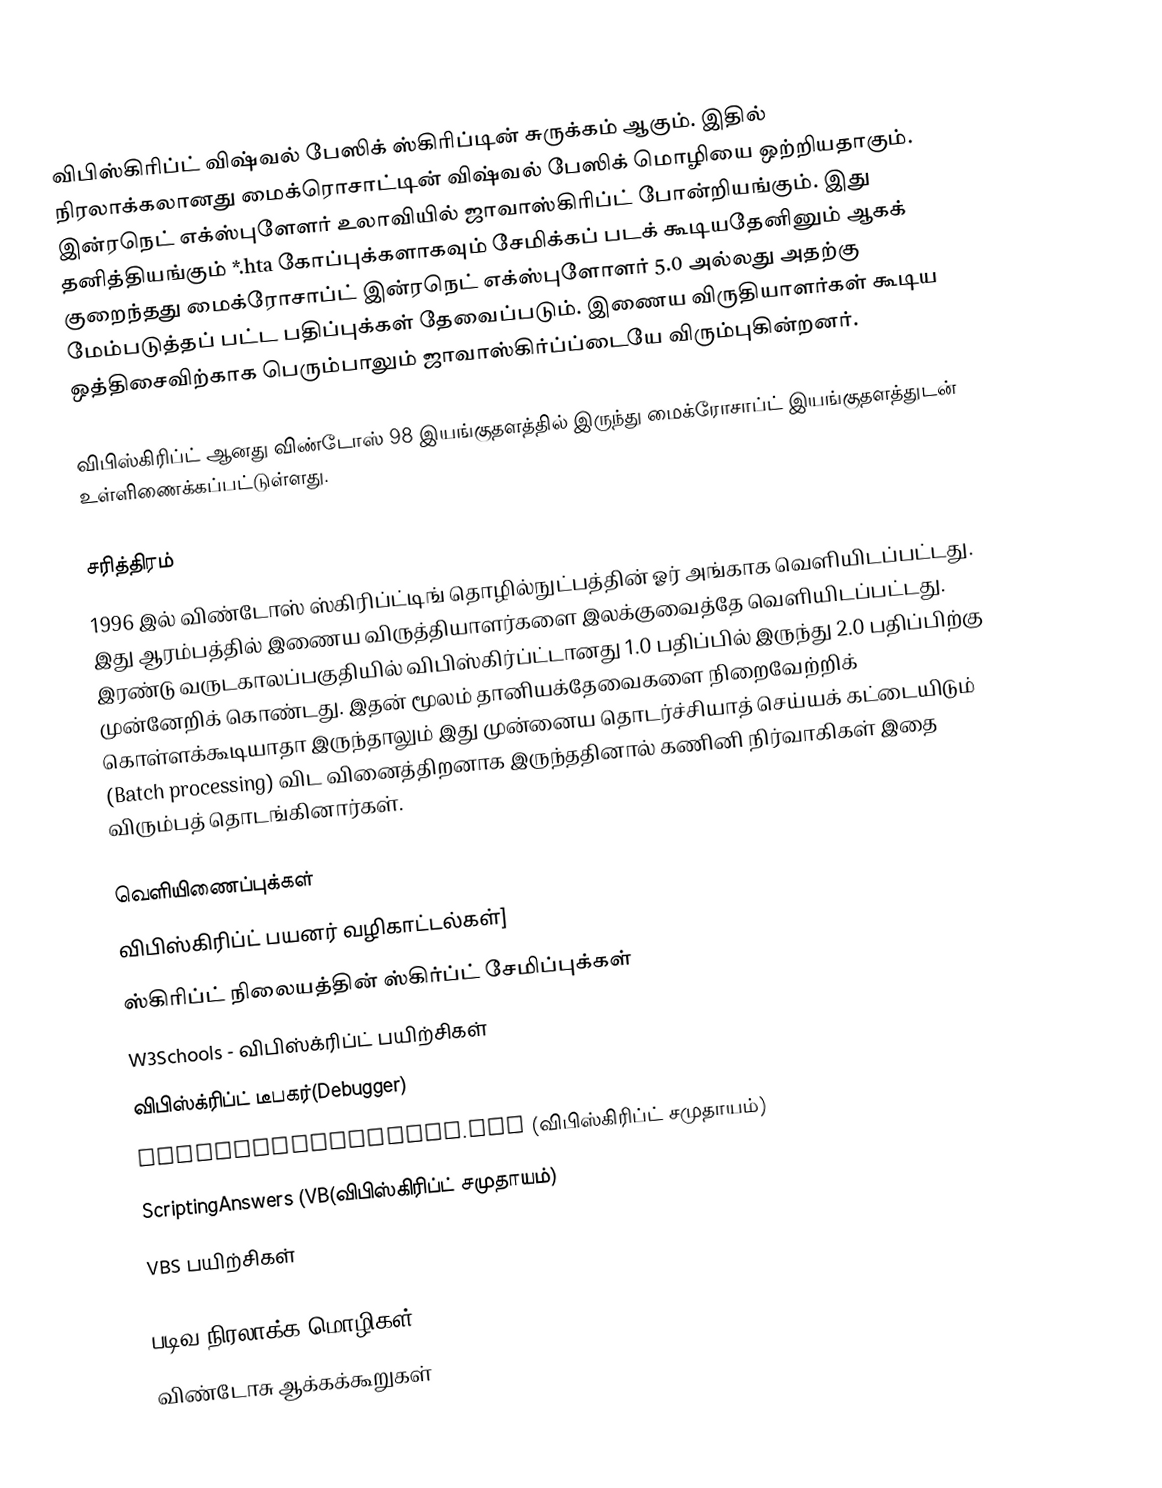
விபிஸ்கிரிப்ட் விஷ்வல் பேஸிக் ஸ்கிரிப்டின் சுருக்கம் ஆகும். இதில் நிரலாக்கலானது மைக்ரொசாட்டின் விஷ்வல் பேஸிக் மொழியை ஒற்றியதாகும். இன்ரநெட் எக்ஸ்புளேளர் உலாவியில் ஜாவாஸ்கிரிப்ட் போன்றியங்கும். இது தனித்தியங்கும் *.hta கோப்புக்களாகவும் சேமிக்கப் படக் கூடியதேனினும் ஆகக் குறைந்தது மைக்ரோசாப்ட் இன்ரநெட் எக்ஸ்புளோளர் 5.0 அல்லது அதற்கு மேம்படுத்தப் பட்ட பதிப்புக்கள் தேவைப்படும். இணைய விருதியாளர்கள் கூடிய ஒத்திசைவிற்காக பெரும்பாலும் ஜாவாஸ்கிர்ப்ப்டையே விரும்புகின்றனர்.

விபிஸ்கிரிப்ட் ஆனது விண்டோஸ் 98 இயங்குதளத்தில் இருந்து மைக்ரோசாப்ட் இயங்குதளத்துடன் உள்ளிணைக்கப்பட்டுள்ளது.

சரித்திரம்
1996 இல் விண்டோஸ் ஸ்கிரிப்ட்டிங் தொழில்நுட்பத்தின் ஓர் அங்காக வெளியிடப்பட்டது. இது ஆரம்பத்தில் இணைய விருத்தியாளர்களை இலக்குவைத்தே வெளியிடப்பட்டது. இரண்டு வருடகாலப்பகுதியில் விபிஸ்கிர்ப்ட்டானது 1.0 பதிப்பில் இருந்து 2.0 பதிப்பிற்கு முன்னேறிக் கொண்டது. இதன் மூலம் தானியக்தேவைகளை நிறைவேற்றிக் கொள்ளக்கூடியாதா இருந்தாலும் இது முன்னைய தொடர்ச்சியாத் செய்யக் கட்டையிடும் (Batch processing) விட வினைத்திறனாக இருந்ததினால் கணினி நிர்வாகிகள் இதை விரும்பத் தொடங்கினார்கள்.

வெளியிணைப்புக்கள்
 விபிஸ்கிரிப்ட் பயனர் வழிகாட்டல்கள்]
 ஸ்கிரிப்ட் நிலையத்தின் ஸ்கிர்ப்ட் சேமிப்புக்கள்
 W3Schools - விபிஸ்க்ரிப்ட் பயிற்சிகள்
 விபிஸ்க்ரிப்ட் டீபகர்(Debugger)
 VisualBasicScript.com (விபிஸ்கிரிப்ட் சமுதாயம்)
 ScriptingAnswers (VB(விபிஸ்கிரிப்ட் சமுதாயம்)
 VBS பயிற்சிகள்

படிவ நிரலாக்க மொழிகள்
விண்டோசு ஆக்கக்கூறுகள்